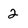
Character: 2